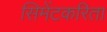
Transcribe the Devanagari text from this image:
सिमेंटकरिता